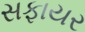
સફાયર